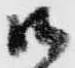
御